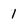
Character: 1